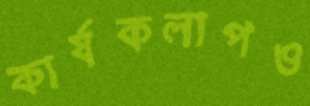
কার্যকলাপও